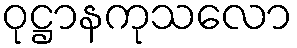
ဝုဋ္ဌာနကုသလော